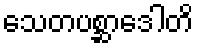
သေတပစ္ဆာဒေါတိ